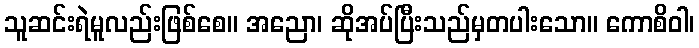
သူဆင်းရဲမူလည်းဖြစ်စေ။ အညော၊ ဆိုအပ်ပြီးသည်မှတပါးသော။ ကောစိဝါ၊